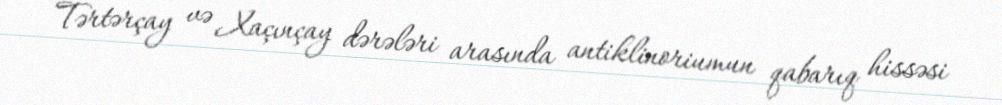
Tərtərçay və Xaçınçay dərələri arasında antiklinoriumun qabarıq hissəsi